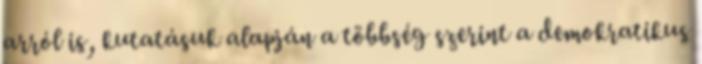
arról is, kutatásuk alapján a többség szerint a demokratikus